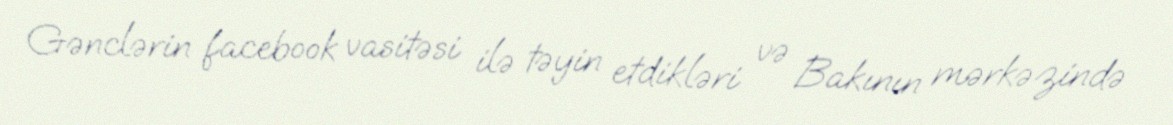
Gənclərin facebook vasitəsi ilə təyin etdikləri və Bakının mərkəzində